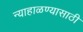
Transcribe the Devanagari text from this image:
न्याहाळण्यासाठी